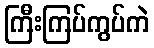
ကြီးကြပ်ကွပ်ကဲ